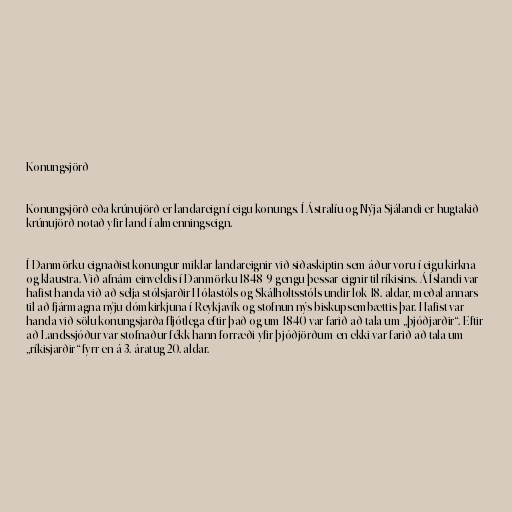
Konungsjörð

Konungsjörð eða krúnujörð er landareign í eigu konungs. Í Ástralíu og Nýja Sjálandi er hugtakið
krúnujörð notað yfir land í almenningseign.

Í Danmörku eignaðist konungur miklar landareignir við siðaskiptin sem áður voru í eigu kirkna
og klaustra. Við afnám einveldis í Danmörku 1848-9 gengu þessar eignir til ríkisins. Á Íslandi var
hafist handa við að selja stólsjarðir Hólastóls og Skálholtsstóls undir lok 18. aldar, meðal annars
til að fjármagna nýju dómkirkjuna í Reykjavík og stofnun nýs biskupsembættis þar. Hafist var
handa við sölu konungsjarða fljótlega eftir það og um 1840 var farið að tala um „þjóðjarðir“. Eftir
að Landssjóður var stofnaður fékk hann forræði yfir þjóðjörðum en ekki var farið að tala um
„ríkisjarðir“ fyrr en á 3. áratug 20. aldar.